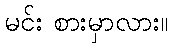
မင်း စားမှာလား။